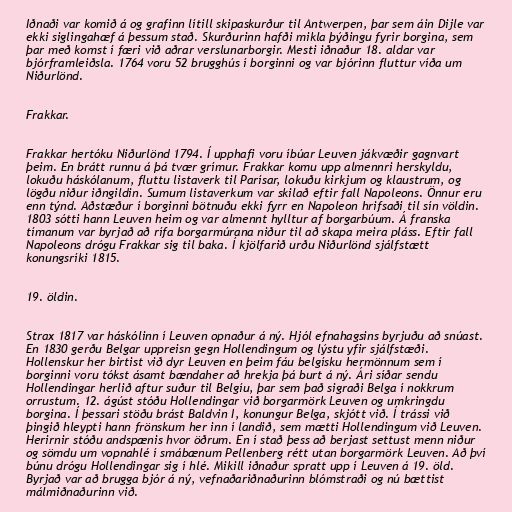
Iðnaði var komið á og grafinn lítill skipaskurður til Antwerpen, þar sem áin Dijle var
ekki siglingahæf á þessum stað. Skurðurinn hafði mikla þýðingu fyrir borgina, sem
þar með komst í færi við aðrar verslunarborgir. Mesti iðnaður 18. aldar var
bjórframleiðsla. 1764 voru 52 brugghús í borginni og var bjórinn fluttur víða um
Niðurlönd.

Frakkar.

Frakkar hertóku Niðurlönd 1794. Í upphafi voru íbúar Leuven jákvæðir gagnvart
þeim. En brátt runnu á þá tvær grímur. Frakkar komu upp almennri herskyldu,
lokuðu háskólanum, fluttu listaverk til Parísar, lokuðu kirkjum og klaustrum, og
lögðu niður iðngildin. Sumum listaverkum var skilað eftir fall Napoleons. Önnur eru
enn týnd. Aðstæður í borginni bötnuðu ekki fyrr en Napoleon hrifsaði til sín völdin.
1803 sótti hann Leuven heim og var almennt hylltur af borgarbúum. Á franska
tímanum var byrjað að rífa borgarmúrana niður til að skapa meira pláss. Eftir fall
Napoleons drógu Frakkar sig til baka. Í kjölfarið urðu Niðurlönd sjálfstætt
konungsríki 1815.

19. öldin.

Strax 1817 var háskólinn í Leuven opnaður á ný. Hjól efnahagsins byrjuðu að snúast.
En 1830 gerðu Belgar uppreisn gegn Hollendingum og lýstu yfir sjálfstæði.
Hollenskur her birtist við dyr Leuven en þeim fáu belgísku hermönnum sem í
borginni voru tókst ásamt bændaher að hrekja þá burt á ný. Ári síðar sendu
Hollendingar herlið aftur suður til Belgíu, þar sem það sigraði Belga í nokkrum
orrustum. 12. ágúst stóðu Hollendingar við borgarmörk Leuven og umkringdu
borgina. Í þessari stöðu brást Baldvin I, konungur Belga, skjótt við. Í trássi við
þingið hleypti hann frönskum her inn í landið, sem mætti Hollendingum við Leuven.
Herirnir stóðu andspænis hvor öðrum. En í stað þess að berjast settust menn niður
og sömdu um vopnahlé í smábænum Pellenberg rétt utan borgarmörk Leuven. Að því
búnu drógu Hollendingar sig í hlé. Mikill iðnaður spratt upp í Leuven á 19. öld.
Byrjað var að brugga bjór á ný, vefnaðariðnaðurinn blómstraði og nú bættist
málmiðnaðurinn við.